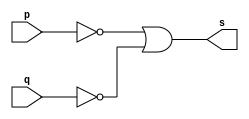
// Rafael Guimares de Sousa - 451607

module nandgate (output s, input  p, input q);

assign s = ~p | ~q;

endmodule

module testnandgate;

reg a,b;
wire s;

nandgate NAND1 (s, a, b);

initial begin:start

a=0;b=0;

end

initial begin:main

$display("Exercicio0009 - Rafael Guimares de Sousa - 451607");
$monitor("%b %b | %b",a,b,s);

#1 a=0;b=1;
#1 a=1;b=0;
#1 a=1;b=1;
end

endmodule